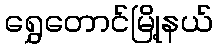
ရွှေတောင်မြို့နယ်